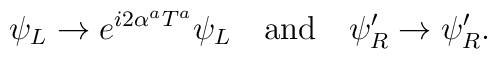
\psi_L \to e^{i 2\alpha^a T^a} \psi_L\quad {\rm and}\quad\psi'_R \to \psi'_R.